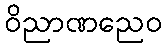
ဝိညာဏညေဝ